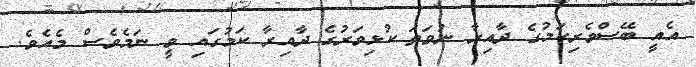
އެއީ ބޭސްވެރިކަމުގެ ދާއިރާ ނުވަތަ ކުޅިވަރުގެ ދާއިރާ ކަމުގައި ވީ ނަމެވެސް މެއެވެ.